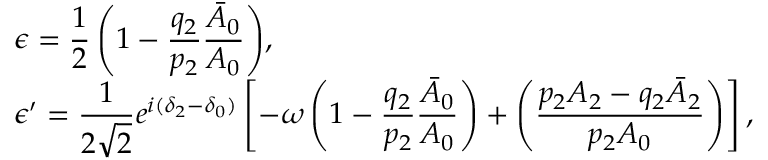
\begin{array} { l } { { \displaystyle { \epsilon = \frac { 1 } { 2 } \left( 1 - \frac { q _ { 2 } } { p _ { 2 } } \frac { \bar { A } _ { 0 } } { A _ { 0 } } \right) } , } } \\ { { \displaystyle { \epsilon ^ { \prime } = \frac { 1 } { 2 \sqrt { 2 } } e ^ { i ( \delta _ { 2 } - \delta _ { 0 } ) } \left[ - \omega \left( 1 - \frac { q _ { 2 } } { p _ { 2 } } \frac { \bar { A } _ { 0 } } { A _ { 0 } } \right) + \left( \frac { p _ { 2 } A _ { 2 } - q _ { 2 } \bar { A } _ { 2 } } { p _ { 2 } A _ { 0 } } \right) \right] , } } } \end{array}